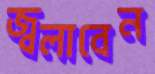
জ্বলাবেন